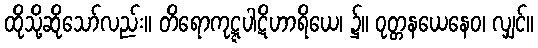
ထိုသို့ဆိုသော်လည်း။ တိရောကုဋ္ဋပါဋိဟာရိယေ၊ ၌။ ဝုတ္တနယေနေဝ၊ လျှင်။